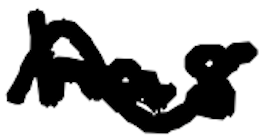
Text: has
Cross-out: wave
Writing tool: digital_black